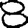
Digit: 8